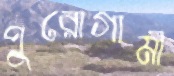
পুরোগামী